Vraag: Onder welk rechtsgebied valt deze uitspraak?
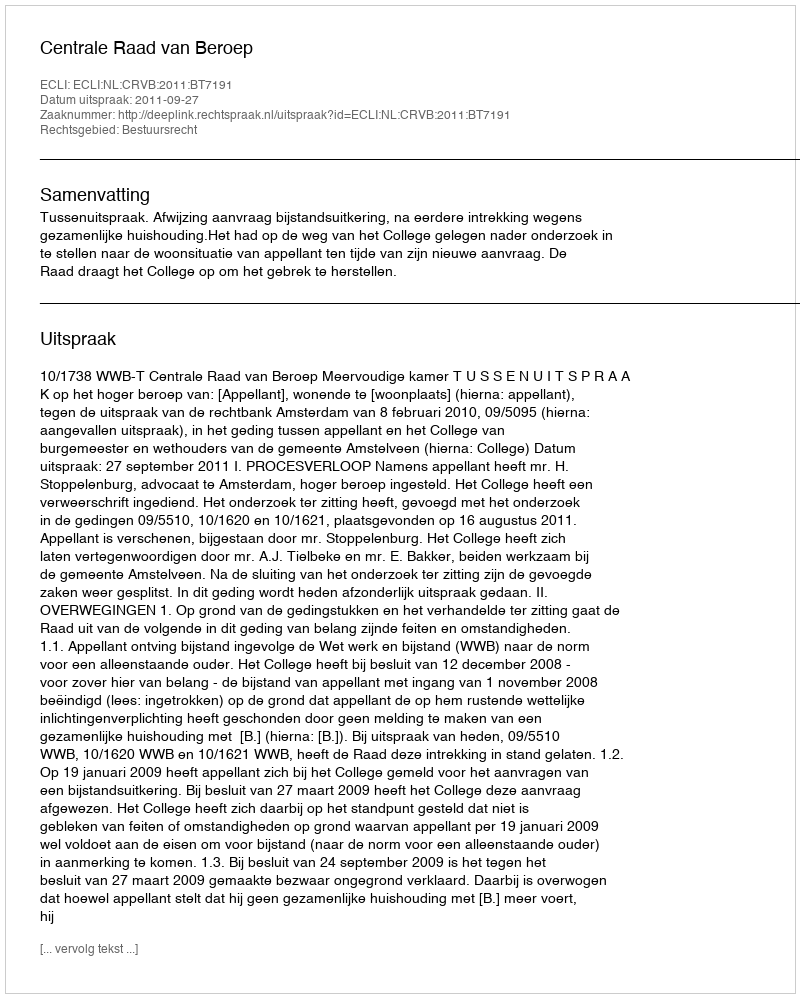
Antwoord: Bestuursrecht